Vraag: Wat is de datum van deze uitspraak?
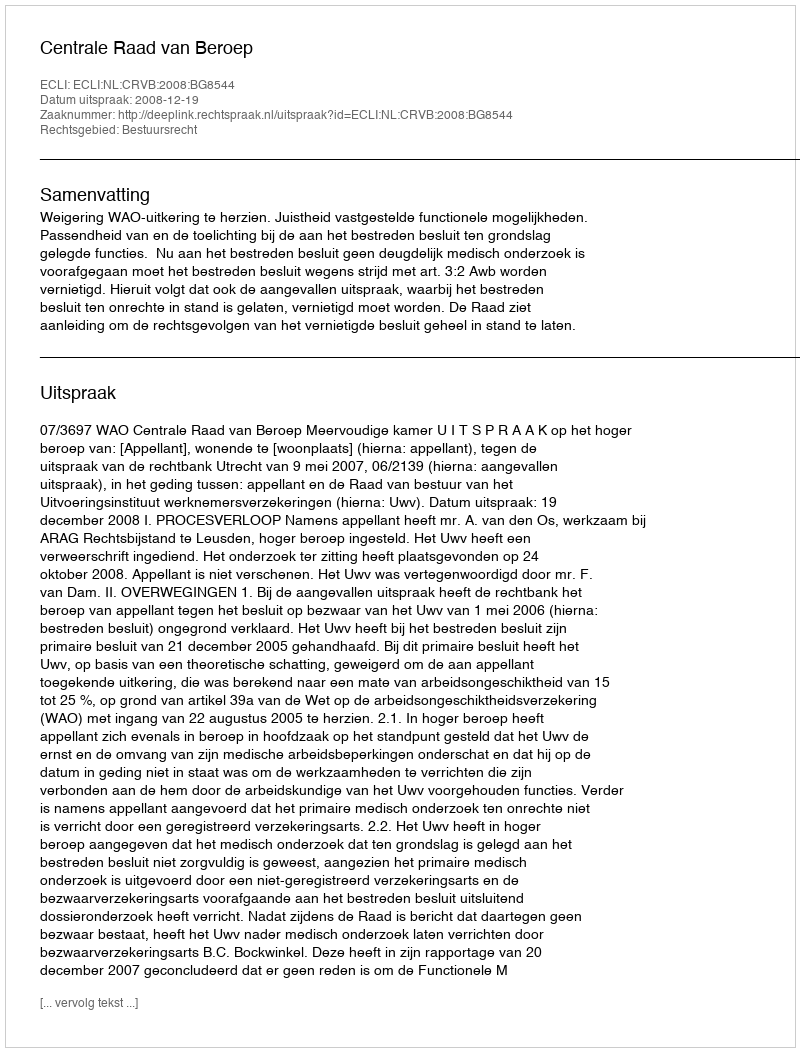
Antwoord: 2008-12-19